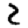
Digit: 2